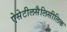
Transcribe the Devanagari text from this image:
ऐसेटीलसैलिसीलिक